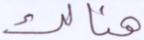
هنالك